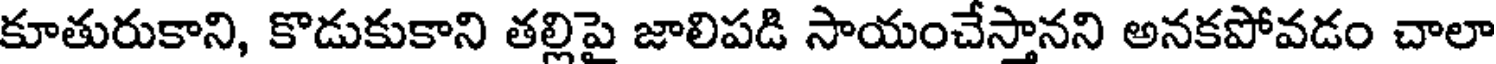
కూతురుకాని, కొడుకుకాని తల్లిపై జాలిపడి సాయంచేస్తానని అనకపోవడం చాలా